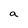
Character: a